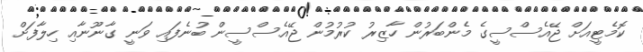
ކޮމެޓީއަށް ޖޭއެސްސީގެ މެންބަރުން ހާޒިރު ކުރުމުން ޖޭއެސްސީން ބުނެފައި ވަނީ ގާނޫނާއި ހިލާފަށް